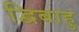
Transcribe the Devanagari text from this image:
द्विबाहु